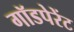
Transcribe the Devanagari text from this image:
गॉडपेरेंट